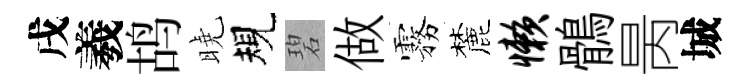
戌羲鸪曉規碧做霧麓懒鶻昺城